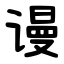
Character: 谩